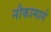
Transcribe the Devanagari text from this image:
नौकामार्ग